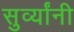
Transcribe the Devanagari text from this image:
सुर्व्यांनी